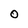
Character: 0